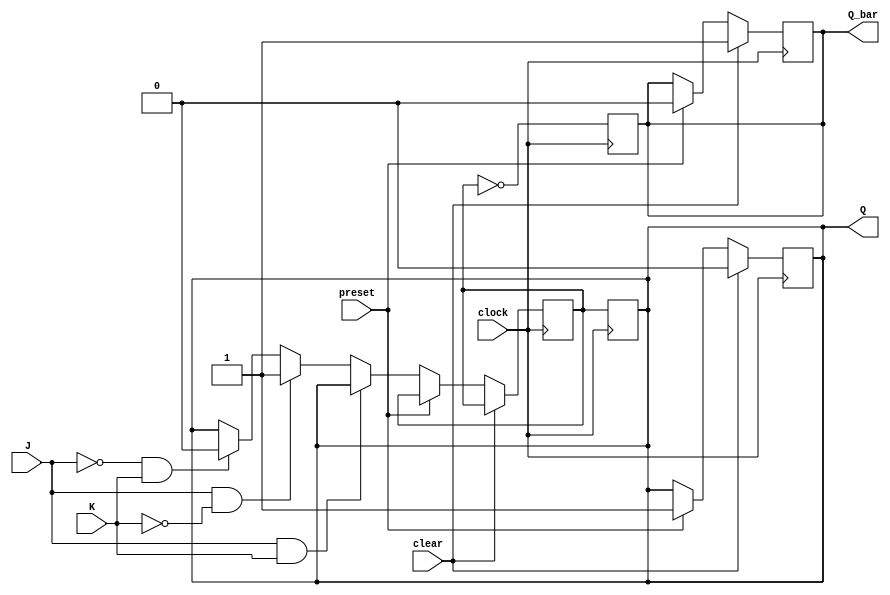
module jk_flipflop (
    input J, // Input data
    input K, // Input control
    input clock, // Clock input
    input preset, // Synchronous preset input
    input clear, // Synchronous clear input
    output reg Q, // Output data
    output reg Q_bar // Inverted output data
);

reg Q_next;

always @(posedge clock) begin
    if (clear) begin
        Q <= 1'b0;
        Q_bar <= 1'b1;
    end else if (preset) begin
        Q <= 1'b1;
        Q_bar <= 1'b0;
    end else begin
        if (J & K) begin
            Q_next <= Q;
        end else if (J & ~K) begin
            Q_next <= 1'b1;
        end else if (~J & K) begin
            Q_next <= 1'b0;
        end else begin
            Q_next <= Q;
        end
    end
end

always @(negedge clock) begin
    Q <= Q_next;
    Q_bar <= ~Q_next;
end

endmodule